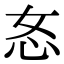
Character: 㣽